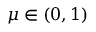
\mu \in ( 0 , 1 )